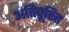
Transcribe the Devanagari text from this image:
अतिपूरित